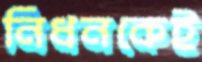
নিধনকেই